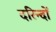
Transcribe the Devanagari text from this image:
दरिन्‍दों